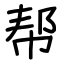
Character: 帮